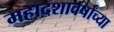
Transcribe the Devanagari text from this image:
महादशावर्षांच्या